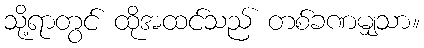
သို့ရာတွင် ထိုအထင်သည် တစ်ခဏမျှသာ။